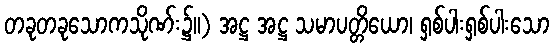
တခုတခုသောကသိုဏ်း၌။) အဋ္ဌ အဋ္ဌ သမာပတ္တိယော၊ ရှစ်ပါးရှစ်ပါးသော